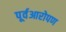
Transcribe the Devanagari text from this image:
पूर्वआरोपण